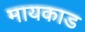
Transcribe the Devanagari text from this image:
मायकाड